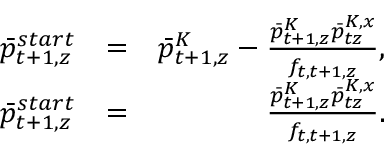
\begin{array} { r l r } { \bar { p } _ { t + 1 , z } ^ { s t a r t } } & { = } & { \bar { p } _ { t + 1 , z } ^ { K } - \frac { \bar { p } _ { t + 1 , z } ^ { K } \bar { p } _ { t z } ^ { K , x } } { f _ { t , t + 1 , z } } , } \\ { \bar { p } _ { t + 1 , z } ^ { s t a r t } } & { = } & { \frac { \bar { p } _ { t + 1 , z } ^ { K } \bar { p } _ { t z } ^ { K , x } } { f _ { t , t + 1 , z } } . } \end{array}